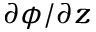
\partial \phi / \partial z